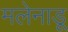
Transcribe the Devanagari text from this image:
मलेनाडू